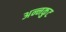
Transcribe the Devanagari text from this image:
अन्नकुट